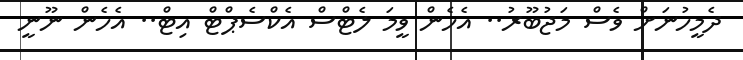
ދެމީހުނަށް ވެސް މަޖުބޫރު.. އެހެން ވީމަ ލެޓްސް އެކްސެޕްޓް އިޓް.. އެހެން ނޫނީ